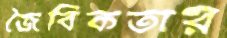
জৈবিকতার